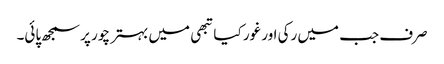
صرف جب میں رکی اور غور کیا تبھی میں بہتر چور پر سمجھ پائی۔